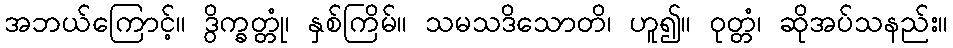
အဘယ်ကြောင့်။ ဒွိက္ခတ္တုံ၊ နှစ်ကြိမ်။ သမသဒိသောတိ၊ ဟူ၍။ ဝုတ္တံ၊ ဆိုအပ်သနည်း။